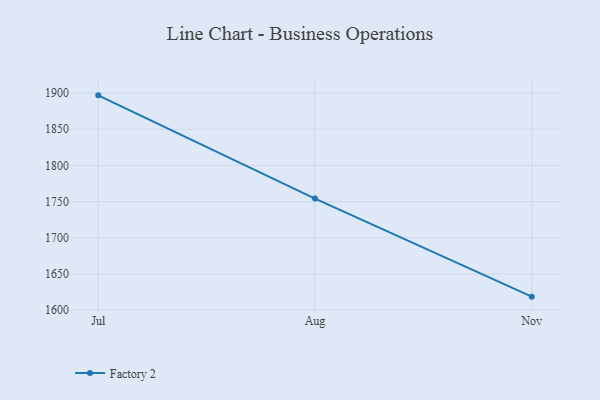
{"axis": {"x": "Month", "y": "Gross Profit (USD K)"}, "legend": ["Factory 2"], "data": [{"x": "Jul", "y": 1896.9, "type": "Factory 2"}, {"x": "Aug", "y": 1754.3, "type": "Factory 2"}, {"x": "Nov", "y": 1618.7, "type": "Factory 2"}]}